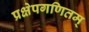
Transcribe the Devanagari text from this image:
प्रक्षेपगणितम्